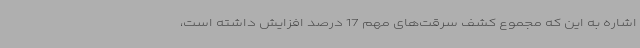
اشاره به این که مجموع کشف سرقت‌های مهم 17 درصد افزایش داشته است،